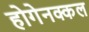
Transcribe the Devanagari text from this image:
होगेनक्कल